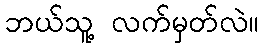
ဘယ်သူ့ လက်မှတ်လဲ။